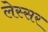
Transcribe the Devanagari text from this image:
लेस्सर